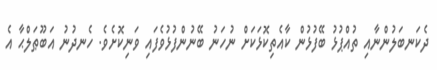
ދެކަނބަލުންނާއި ތުއްޕުޅު ބޭފުޅުން ކާއެތިކޮޅަކަށް ނުހަނު ބޭނުންފުޅުވެފައި ވަނިކޮށެވެ. ހެނދުނު އަބޫޠަލްޙާ އެ